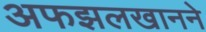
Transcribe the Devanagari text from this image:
अफझलखानने